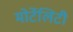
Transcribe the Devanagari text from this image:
मोर्टेलिटी